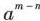
所以④\underline(a≠0)，即任何⑤_说明”